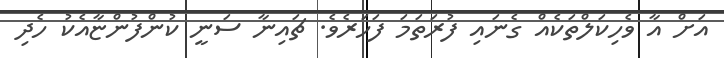
އަށް އާ ވެހިކަލްތަކެއް ގެނައި ފުރަތަމަ ފަހަރެވެ. ޗައިނާ ސަނީ ކުންފުންޏާއެކު ހެދި